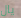
يال